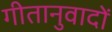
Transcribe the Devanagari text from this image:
गीतानुवादों